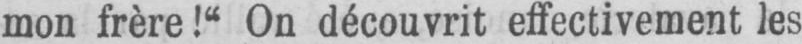
mon frère!“ On découvrit effectivement les